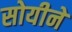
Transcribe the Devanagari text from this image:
सोयीने